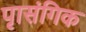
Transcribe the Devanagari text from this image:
पृासंगिक